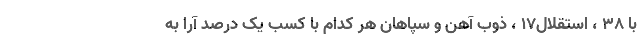
با ۳۸ ، استقلال۱۷ ، ذوب آهن و سپاهان هر کدام با کسب یک درصد آرا به